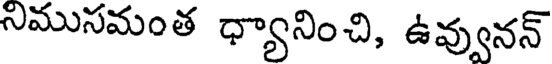
నిముసమంత ధ్యానించి, ఉవ్వునన్